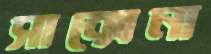
সাক্সেনা